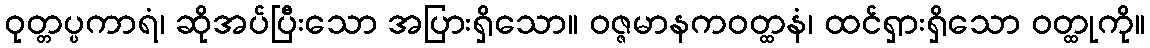
ဝုတ္တပ္ပကာရံ၊ ဆိုအပ်ပြီးသော အပြားရှိသော။ ဝဇ္ဇမာနကဝတ္ထနံ၊ ထင်ရှားရှိသော ဝတ္ထုကို။